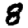
Digit: 8